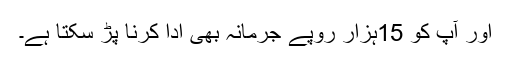
اور آپ کو 15ہزار روپے جرمانہ بھی ادا کرنا پڑ سکتا ہے۔